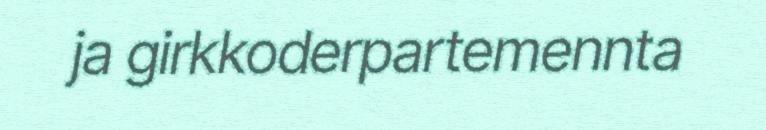
ja girkkoderpartemennta